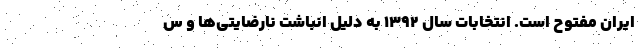
ایران مفتوح است. انتخابات سال ۱۳۹۲ به دلیل انباشت نارضایتی‌ها و س